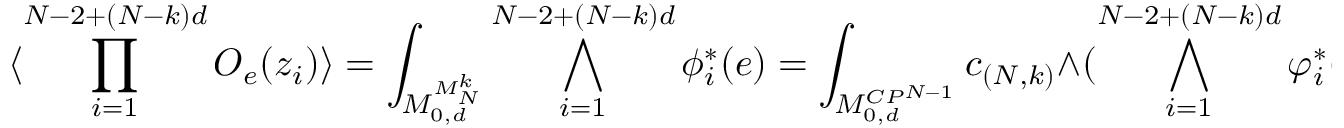
\langle \prod _ { i = 1 } ^ { N - 2 + ( N - k ) d } { \cal O } _ { e } ( z _ { i } ) \rangle = \int _ { { \cal M } _ { 0 , d } ^ { M _ { N } ^ { k } } } \bigwedge _ { i = 1 } ^ { N - 2 + ( N - k ) d } \phi _ { i } ^ { * } ( e ) = \int _ { { \cal M } _ { 0 , d } ^ { C P ^ { N - 1 } } } c _ { ( N , k ) } \wedge ( \bigwedge _ { i = 1 } ^ { N - 2 + ( N - k ) d } \varphi _ { i } ^ { * } ( e ) )